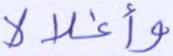
وأغلالا